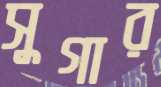
সুগার